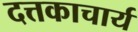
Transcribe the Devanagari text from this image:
दत्तकाचार्य